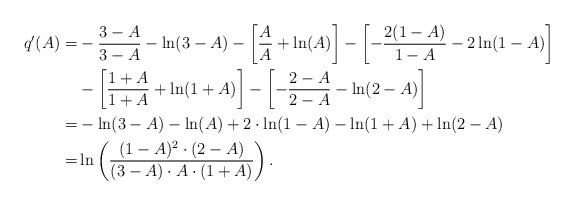
LaTeX: \begin{align*}q'(A)=&-\frac{3-A}{3-A}-\ln(3-A)-\left[\frac{A}{A}+\ln(A)\right]-\left[-\frac{2(1-A)}{1-A}-2\ln(1-A)\right]\\&-\left[\frac{1+A}{1+A}+\ln(1+A)\right]-\left[-\frac{2-A}{2-A}-\ln(2-A)\right]\\=&-\ln(3-A)-\ln(A)+2 \cdot \ln(1-A)-\ln(1+A)+\ln(2-A)\\=&\ln\left(\frac{(1-A)^{2} \cdot (2-A)}{(3-A) \cdot A \cdot (1+A)} \right).\end{align*}